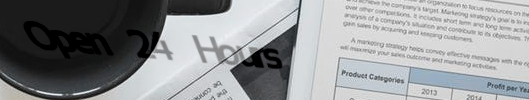
Open 24 Hours